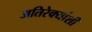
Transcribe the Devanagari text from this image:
अतिरेक्यांशी